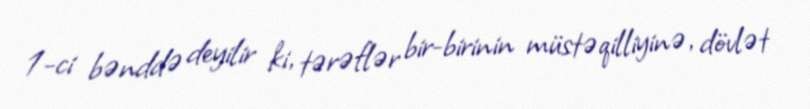
1-ci bənddə deyilir ki, tərəflər bir-birinin müstəqilliyinə, dövlət